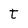
Character: t